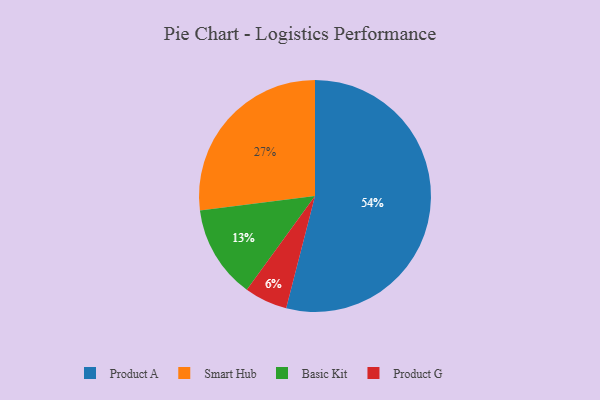
{"axis": {"x": "Category", "y": "Percentage"}, "legend": ["Basic Kit", "Product A", "Product G", "Smart Hub"], "data": [{"x": "Basic Kit", "y": 13, "type": "Basic Kit"}, {"x": "Product A", "y": 54, "type": "Product A"}, {"x": "Smart Hub", "y": 27, "type": "Smart Hub"}, {"x": "Product G", "y": 6, "type": "Product G"}]}